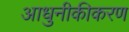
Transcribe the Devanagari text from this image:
आधुनीकीकरण